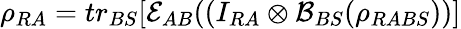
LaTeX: \rho_{RA}=tr_{BS}[\mathcal{E}_{AB}((I_{RA}\otimes\mathcal{B}_{BS}(\rho_{RABS}))]